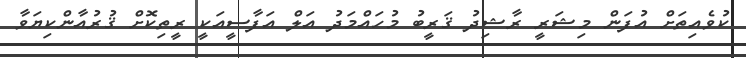
ކުވެއިތަށް އުފަން މިޝަރީ ރާޝިދު ޤަރީބު މުހައްމަދު އަލް އަފާސީއަކީ ރީތިކޮށް ޤުރުއާންކިޔަވާ